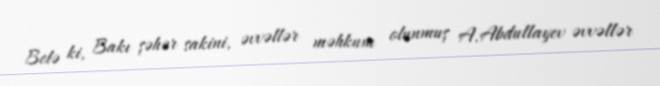
Belə ki, Bakı şəhər sakini, əvvəllər məhkum olunmuş A.Abdullayev əvvəllər